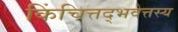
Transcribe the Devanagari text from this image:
किंचित्तद्भवेत्तस्य